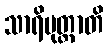
သာရိပုတ္တာတိ